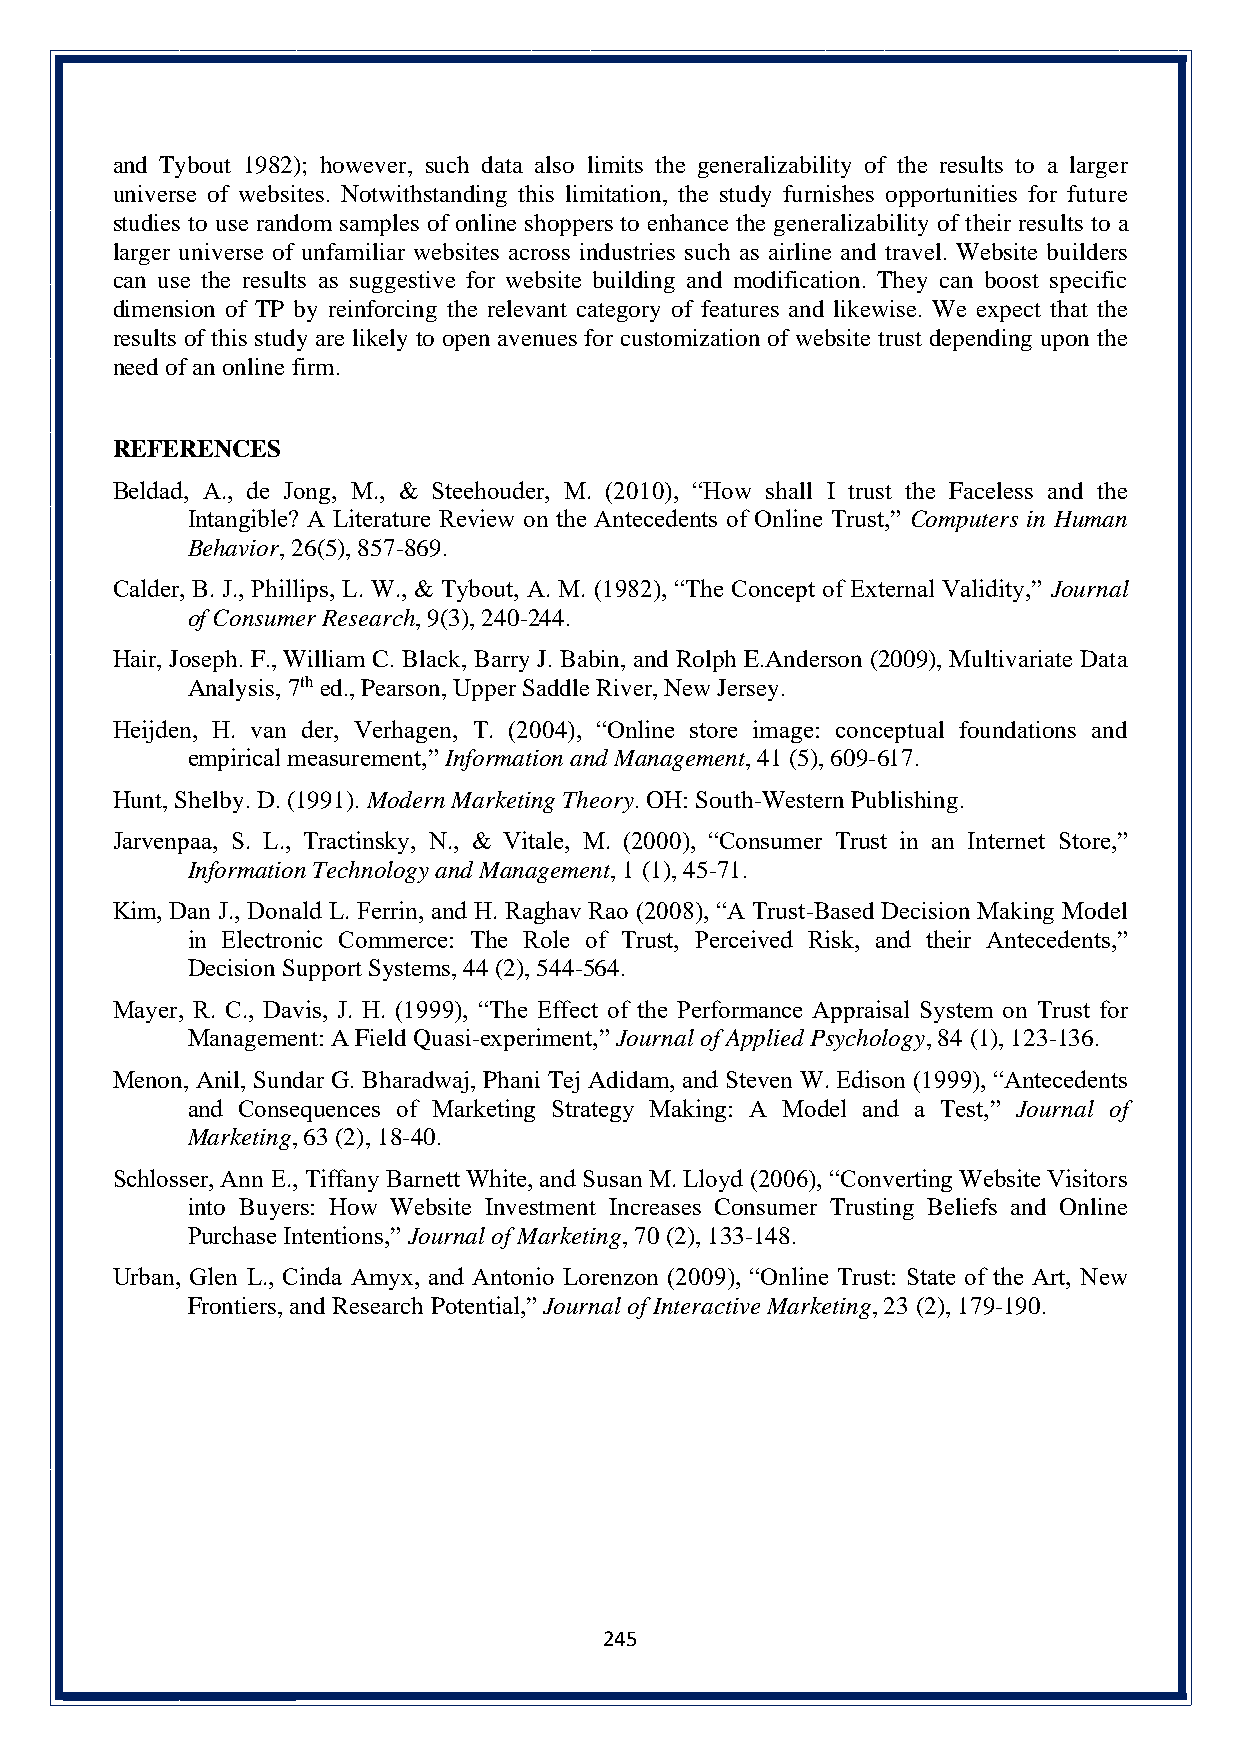
and Tybout 1982); however, such data also limits the generalizability of the results to a larger
 universe of websites. Notwithstanding this limitation, the study furnishes opportunities for future
 studies to use random samples of online shoppers to enhance the generalizability of their results to a
 larger universe of unfamiliar websites across industries such as airline and travel. Website builders
 can use the results as suggestive for website building and modification. They can boost specific
 dimension of TP by reinforcing the relevant category of features and likewise. We expect that the
 results of this study are likely to open avenues for customization of website trust depending upon the
 need of an online firm.
 REFERENCES
 Beldad, A., de Jong, M., & Steehouder, M. (2010), “How shall I trust the Faceless and the
 Intangible? A Literature Review on the Antecedents of Online Trust,” Computers in Human
 Behavior, 26(5), 857-869.
 Calder, B. J., Phillips, L. W., & Tybout, A. M. (1982), “The Concept of External Validity,” Journal
 of Consumer Research, 9(3), 240-244.
 Hair, Joseph. F., William C. Black, Barry J. Babin, and Rolph E.Anderson (2009), Multivariate Data
 Analysis, 7th ed., Pearson, Upper Saddle River, New Jersey.
 Heijden, H. van der, Verhagen, T. (2004), “Online store image: conceptual foundations and
 empirical measurement,” Information and Management, 41 (5), 609-617.
 Hunt, Shelby. D. (1991). Modern Marketing Theory. OH: South-Western Publishing.
 Jarvenpaa, S. L., Tractinsky, N., & Vitale, M. (2000), “Consumer Trust in an Internet Store,”
 Information Technology and Management, 1 (1), 45-71.
 Kim, Dan J., Donald L. Ferrin, and H. Raghav Rao (2008), “A Trust-Based Decision Making Model
 in Electronic Commerce: The Role of Trust, Perceived Risk, and their Antecedents,”
 Decision Support Systems, 44 (2), 544-564.
 Mayer, R. C., Davis, J. H. (1999), “The Effect of the Performance Appraisal System on Trust for
 Management: A Field Quasi-experiment,” Journal of Applied Psychology, 84 (1), 123-136.
 Menon, Anil, Sundar G. Bharadwaj, Phani Tej Adidam, and Steven W. Edison (1999), “Antecedents
 and Consequences of Marketing Strategy Making: A Model and a Test,” Journal of
 Marketing, 63 (2), 18-40.
 Schlosser, Ann E., Tiffany Barnett White, and Susan M. Lloyd (2006), “Converting Website Visitors
 into Buyers: How Website Investment Increases Consumer Trusting Beliefs and Online
 Purchase Intentions,” Journal of Marketing, 70 (2), 133-148.
 Urban, Glen L., Cinda Amyx, and Antonio Lorenzon (2009), “Online Trust: State of the Art, New
 Frontiers, and Research Potential,” Journal of Interactive Marketing, 23 (2), 179-190.
 245